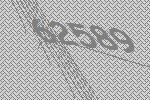
62589